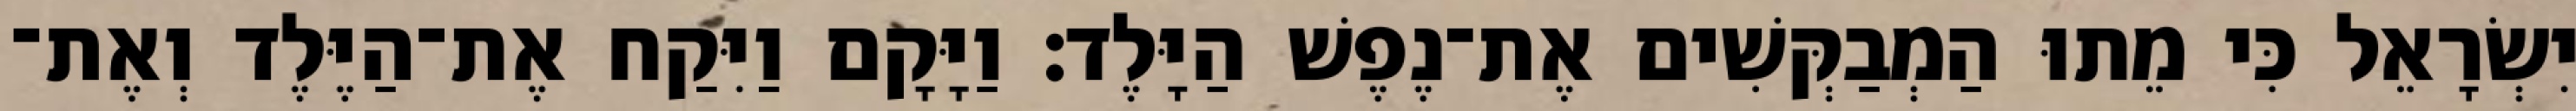
יִשְׂרָאֵל כִּי מֵתוּ הַמְבַקְּשִׁים אֶת־נֶפֶשׁ הַיָּלֶד׃ וַיָּקָם וַיִּקַח אֶת־הַיֶּלֶד וְאֶת־